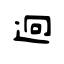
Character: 迥